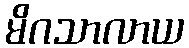
မိဂသာလာယ